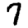
Digit: 7